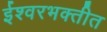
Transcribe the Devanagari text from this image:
ईश्वरभक्तीत